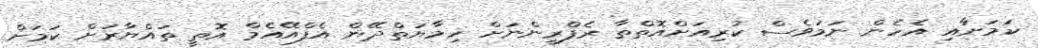
ކަމަށާއި އެހެން ނަމަވެސް ކުރިއަށްއޮތްތާ ރެފްރީންނަށް ހިމާޔަތްދޭން އެފްއޭއެމް އޮތީ ތައްޔާރަށް ކަމަށް